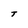
Character: T